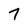
Character: 7